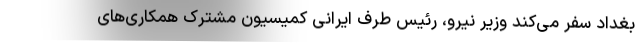
بغداد سفر می‌کند وزیر نیرو، رئیس طرف ایرانی کمیسیون مشترک همکاری‌های